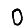
Digit: 0